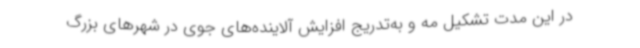
در این مدت تشکیل مه و به‌تدریج افزایش آلاینده‌های جوی در شهرهای بزرگ